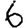
Digit: 6